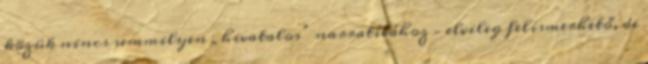
közük nincs semmilyen „hivatalos” narratívához – elvileg felismerhető, de